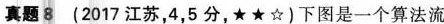
真题8(2017江苏，4，5分，★★☆)下图是一个算法流